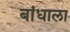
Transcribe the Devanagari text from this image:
बांधाला